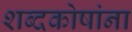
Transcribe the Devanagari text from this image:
शब्दकोषांना